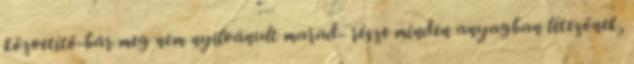
közvetítő-bár meg nem nyilvánult marad- része minden anyagban létezőnek,